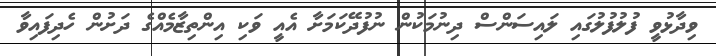
ވިދާޅުވީ ފުލުފުލުގައި ލައިސަންސް ދިނުމަކުން ނުފުދޭކަމަށާ އެއީ ވަކި އިންތިޒާމެއްގެ ދަށުން ހެދިފައިވާ